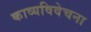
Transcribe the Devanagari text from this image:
काव्यविवेचना